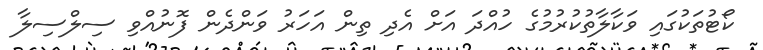
ކޯޓުތަކުގައި ވަކާލާތުކުރުމުގެ ހުއްދަ އަށް އެދި ތިން އަހަރު ވަންދެން ފޮނުއްވި ސިލްސިލާ